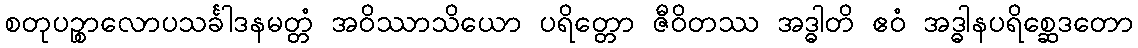
စတုပဉ္စာလောပသင်္ခါဒနမတ္တံ အဝိဿာသိယော ပရိတ္တော ဇီဝိတဿ အဒ္ဓါတိ ဧဝံ အဒ္ဓါနပရိစ္ဆေဒတော